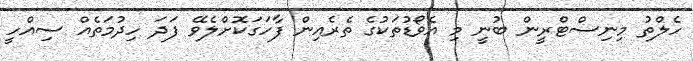
ހެލްތު މިނިސްޓްރީން ބުނީ މި އެވޯޑުތަކުގެ ތެރެއިން ފާހަގަކޮށްލެވޭ ފަދަ ހިދުމަތެއް ސިއްހީ